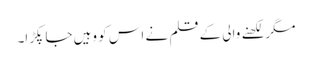
مگر لکھنے والی کے قلم نے اس کو وہیں جا پکڑا۔